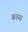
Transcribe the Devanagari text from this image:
बरुस